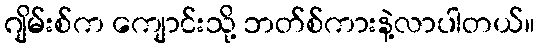
ဂျိမ်းစ်က ကျောင်းသို့ ဘတ်စ်ကားနဲ့လာပါတယ်။